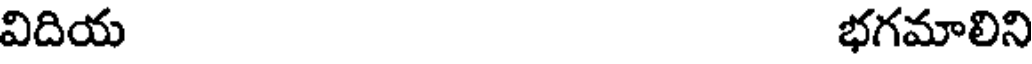
విదియ భగమాలిని